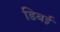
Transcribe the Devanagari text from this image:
डिबई